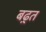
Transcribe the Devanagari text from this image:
बढ़्त